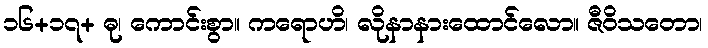
၁၆+၁၇+ ဓု၊ ကောင်းစွာ။ ကရောဟိ၊ လိုနာနားထောင်လော။ ဇီဝိသတော၊